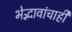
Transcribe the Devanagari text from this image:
भेद्भावांचाही